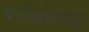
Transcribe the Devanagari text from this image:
परीक्षेतल्या